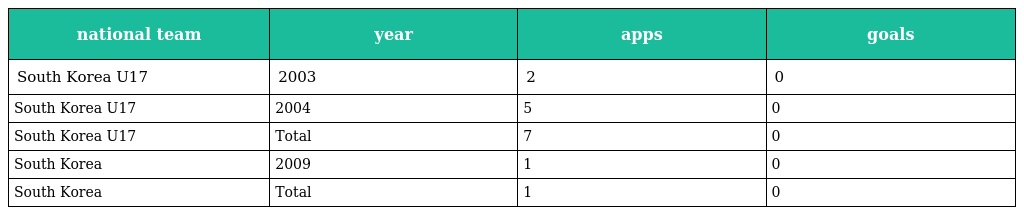
| national team | year | apps | goals |
 | --- | --- | --- | --- |
 | South Korea U17 | 2003 | 2 | 0 |
 | South Korea U17 | 2004 | 5 | 0 |
 | South Korea U17 | Total | 7 | 0 |
 | South Korea | 2009 | 1 | 0 |
 | South Korea | Total | 1 | 0 |